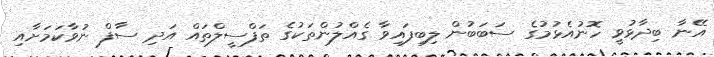
އޭނާ ބިދާޅުވީ ހޮނުއެޅުމުގެ ސަބަބުން ލިބިފައިވާ ގެއްލުންތަކުގެ ތަފްސީލްތައް އަދި ސާފް ނުވާކަމަށާއި